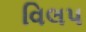
વિલપ